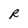
Character: R